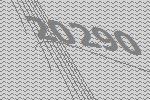
20290